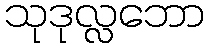
သုဒုလ္လဘော